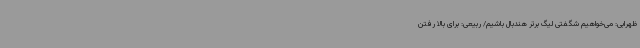
ظهرابی: می‌خواهیم شگفتی لیگ برتر هندبال باشیم/ ربیعی: برای بالا رفتن